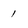
Character: 1